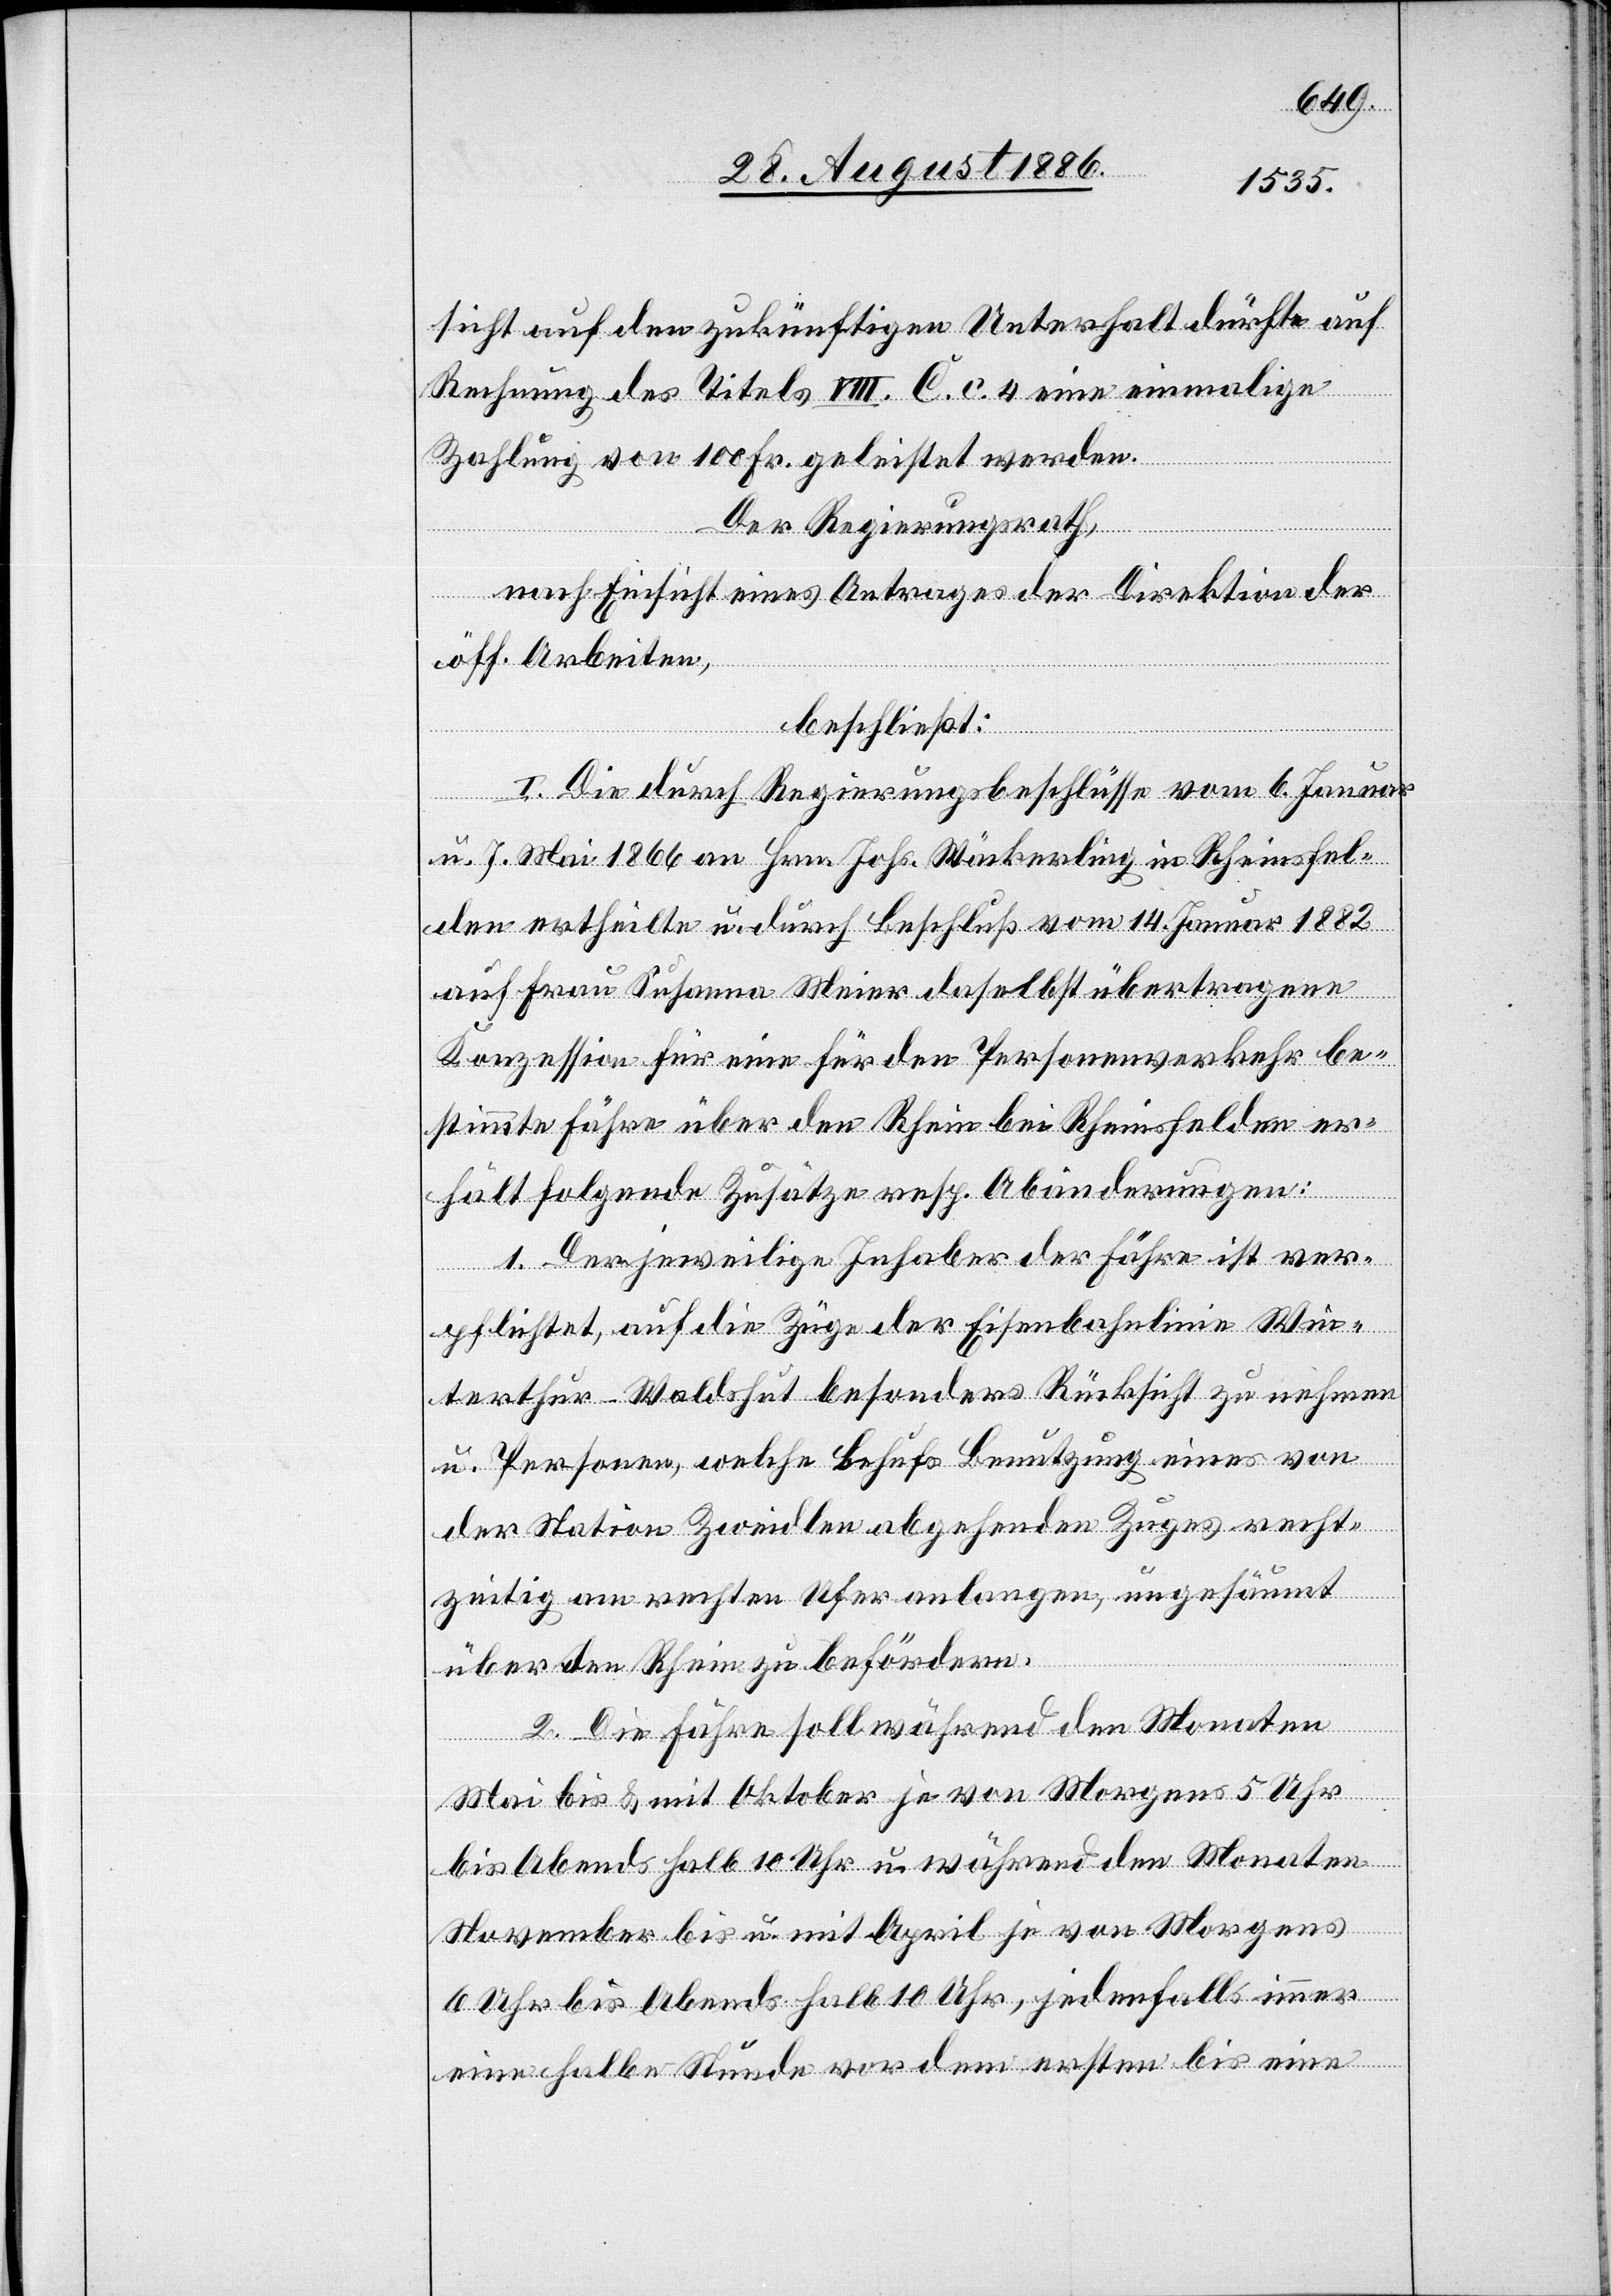
sicht auf den zukünftigen Unterhalt dürfte auf
Rechnung des Titels VIII. C. c. 4 eine einmalige
Zahlung von 100 Fr. geleistet werden.
Der Regierungsrath,
nach Einsicht eines Antrages der Direktion der
öff. Arbeiten,
beschließt:
I. Die durch Regierungsbeschlüsse vom 6. Januar
u. 7. Mai 1866 an Hrn. Johs. Wäckerling in Rheinsfel¬
den ertheilte u. durch Beschluß vom 14. Januar 1882
auf Frau Susanna Meier daselbst übertragene
Konzession für eine für den Personenverkehr be¬
stimmte Fähre über den Rhein bei Rheinsfelden er¬
hält folgende Zusätze resp. Abänderungen:
1. Der jeweilige Inhaber der Fähre ist ver¬
pflichtet, auf die Züge der Eisenbahnlinie Win¬
terthur–Waldshut besonders Rücksicht zu nehmen
u. Personen, welche behufs Benutzung eines von
der Station Zweidlen abgehenden Zuges recht¬
zeitig am rechten Ufer anlangen, ungesäumt
über den Rhein zu befördern.
2. Die Fähre soll während den Monaten
Mai bis & mit Oktober je von Morgens 5 Uhr
bis Abends halb 10 Uhr u. während den Monaten
November bis u. mit April je von Morgens
6 Uhr bis Abends halb 10 Uhr, jedenfalls immer
eine halbe Stunde vor dem ersten bis eine